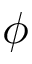
\phi